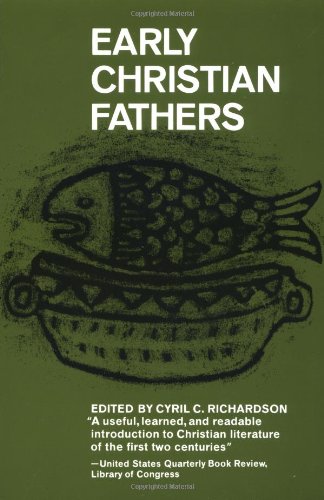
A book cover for Early Christian Fathers (Library of Christian Classics); Cyril Richardson; Christian Books & Bibles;